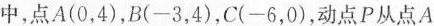
中，点A(0，4)，B(-3，4)，C(-6，0)，动点P从点A